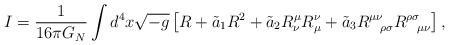
\begin{align*}I = \frac{1}{16\pi G_N}\int d^4x\sqrt{-g} \left[ R + \tilde{a}_1R^2 + \tilde{a}_2R^{\mu}_{\nu}R_{\mu}^{\nu} + \tilde{a}_3R^{\mu\nu}_{\ \ \rho\sigma} R^{\rho\sigma}_{\ \ \mu\nu} \right], \end{align*}